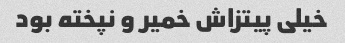
خیلی پیتزاش خمیر و نپخته بود